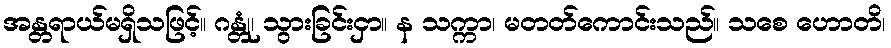
အန္တရာယ်မရှိသဖြင့်။ ဂန္တုံ၊ သွားခြင်းငှာ။ န သက္ကာ၊ မတတ်ကောင်းသည်။ သစေ ဟောတိ၊